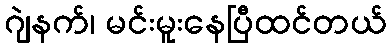
ဂျဲနက်၊ မင်းမူးနေပြီထင်တယ်